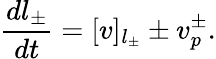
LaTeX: \frac{dl_{\pm}}{dt}=[v]_{l_{\pm}}\pm v_{p}^{\pm}.